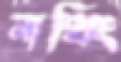
নাথিং